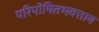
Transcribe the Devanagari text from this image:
परिपोषितभक्ताय